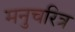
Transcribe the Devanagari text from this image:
मनुचरित्र